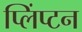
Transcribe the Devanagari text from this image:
प्लिंप्टन